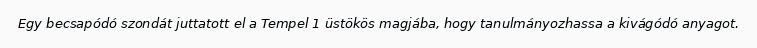
Egy becsapódó szondát juttatott el a Tempel 1 üstökös magjába, hogy tanulmányozhassa a kivágódó anyagot.